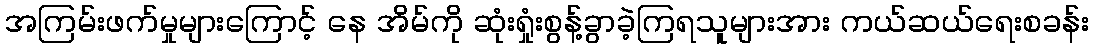
အကြမ်းဖက်မှုများကြောင့် နေ အိမ်ကို ဆုံးရှုံးစွန့်ခွာခဲ့ကြရသူများအား ကယ်ဆယ်ရေးစခန်း